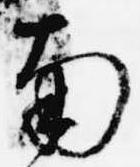
南